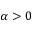
\alpha > 0